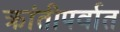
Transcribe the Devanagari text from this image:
क्रांतीपर्वात